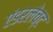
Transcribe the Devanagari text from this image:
एंडरलेच्ट